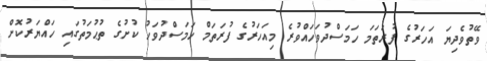
ވޭތުވެދިޔަ އަހަރުގެ ފުރަތަމަ ހަމަސްދުވަހައްވުރެ މިއަހަރުގެ ފުރަތަމް ހަމަސްދުވަހު ކުށުގެ ތުޙުމަތުގައި ހައްޔަރުކޮށް